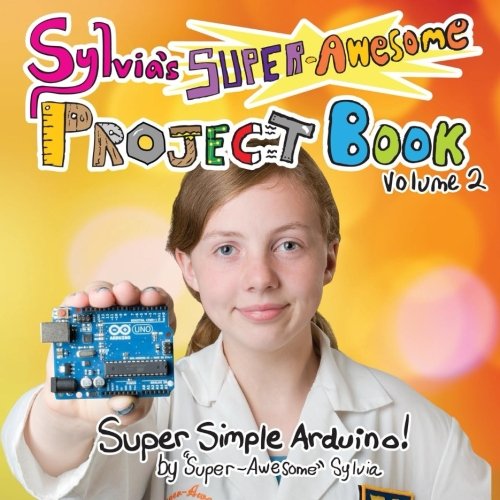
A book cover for Sylvia's Super-Awesome Project Book: Super-Simple Arduino (Volume 2); Sylvia "Super-Awesome" Todd; Children's Books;